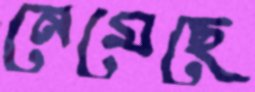
নেমেছে